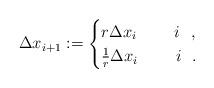
LaTeX: \begin{align*}\Delta x_{i+1}:= \begin{cases} {r \Delta x_{i}} \ \ \ \ \ \ \ i \ \ ,\\ {\frac{1}{r} \Delta x_{i}} \ \ \ \ \ \ \ i \ \ . \end{cases}\end{align*}